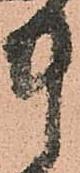
中